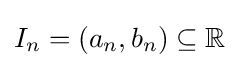
I_{n}=(a_{n},b_{n})\subseteq \mathbb {R}